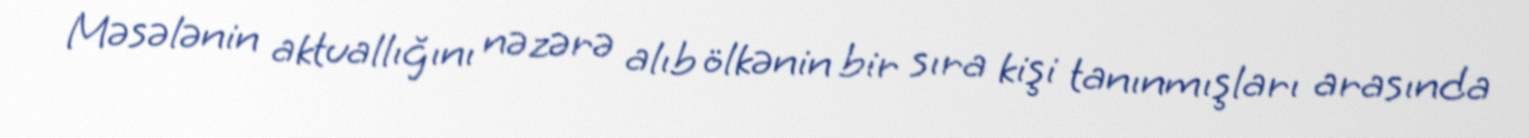
Məsələnin aktuallığını nəzərə alıb ölkənin bir sıra kişi tanınmışları arasında